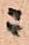
ニ